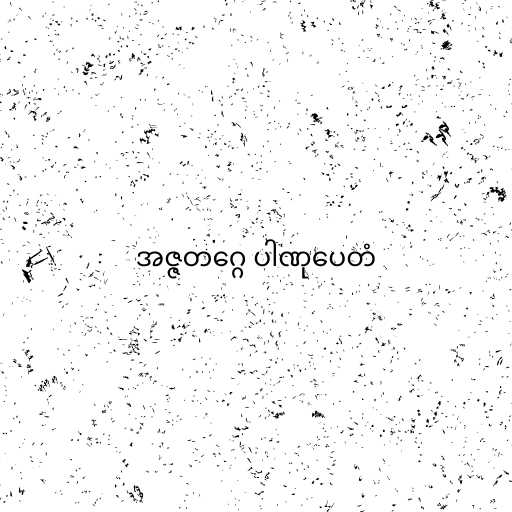
အဇ္ဇတဂ္ဂေ ပါဏုပေတံ